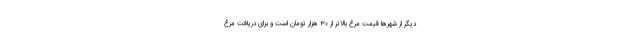
دیگر از شهرها قیمت مرغ بالاتر از ۳۰ هزار تومان است و برای دریافت مرغ